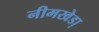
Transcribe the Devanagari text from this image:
नीमखेडा़